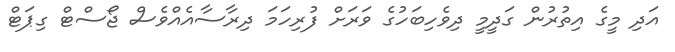
އަދި މީގެ އިތުރުން ގަދީމީ ދިވެހިބަހުގެ ވަރަށް ފުރިހަމަ ދިރާސާއެއްވެސް ޖޯސްޓް ގިޕަޓް